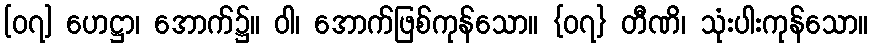
[၀၇] ဟေဋ္ဌာ၊ အောက်၌။ ဝါ၊ အောက်ဖြစ်ကုန်သော။ {၀၇} တီဏိ၊ သုံးပါးကုန်သော။